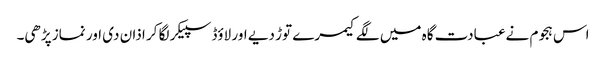
اس ہجوم نےعبادت گاہ میں لگے کیمرے توڑ دیے اور لاؤڈ سپیکر لگا کر اذان دی اور نماز پڑھی۔